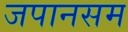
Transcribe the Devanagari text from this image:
जपानसम